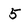
Character: 5